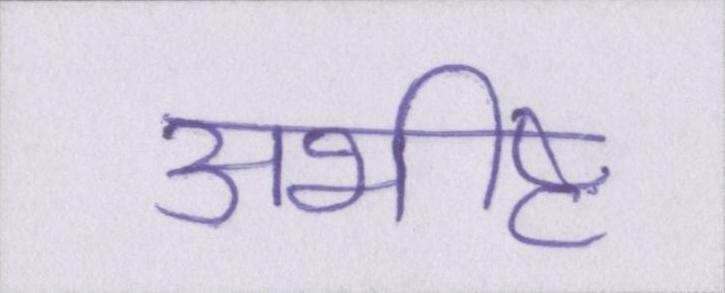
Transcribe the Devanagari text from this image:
अभीष्ट